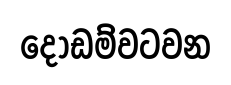
දොඩම්වටවන